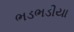
ભડભડીયા